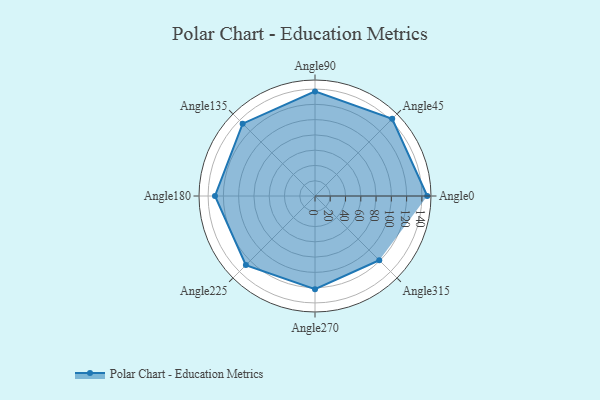
{"axis": {"x": "Angle", "y": "Radius"}, "legend": [""], "data": [{"x": "Angle0", "y": 147.0, "type": ""}, {"x": "Angle45", "y": 143.0, "type": ""}, {"x": "Angle90", "y": 137.0, "type": ""}, {"x": "Angle135", "y": 134.0, "type": ""}, {"x": "Angle180", "y": 131.0, "type": ""}, {"x": "Angle225", "y": 128.0, "type": ""}, {"x": "Angle270", "y": 122.0, "type": ""}, {"x": "Angle315", "y": 119.0, "type": ""}]}